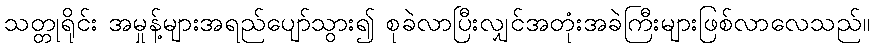
သတ္တုရိုင်း အမှုန့်များအရည်ပျော်သွား၍ စုခဲလာပြီးလျှင်အတုံးအခဲကြီးများဖြစ်လာလေသည်။